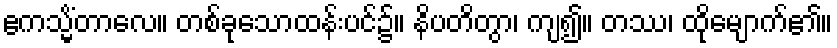
ဧကသ္မိံတာလေ။ တစ်ခုသောထန်းပင်၌။ နိပတိတွာ၊ ကျ၍။ တဿ၊ ထိုမျောက်၏။